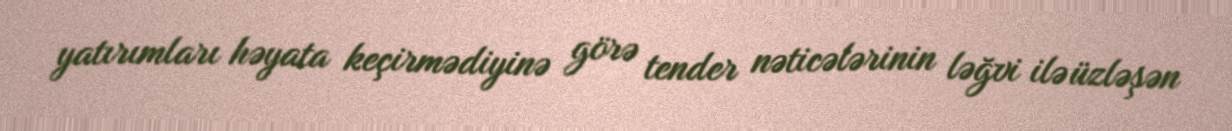
yatırımları həyata keçirmədiyinə görə tender nəticələrinin ləğvi ilə üzləşən